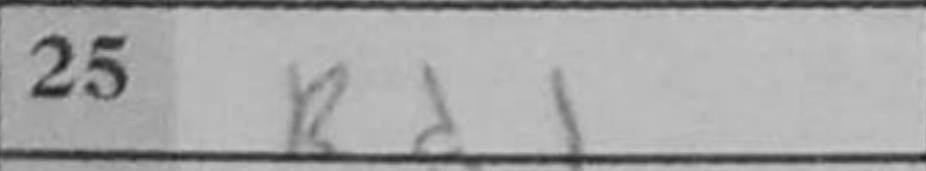
Transcription: Rd1